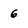
Character: 6